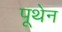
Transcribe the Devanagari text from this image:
पूथेन